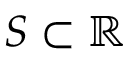
S \subset \mathbb { R }